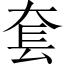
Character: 套